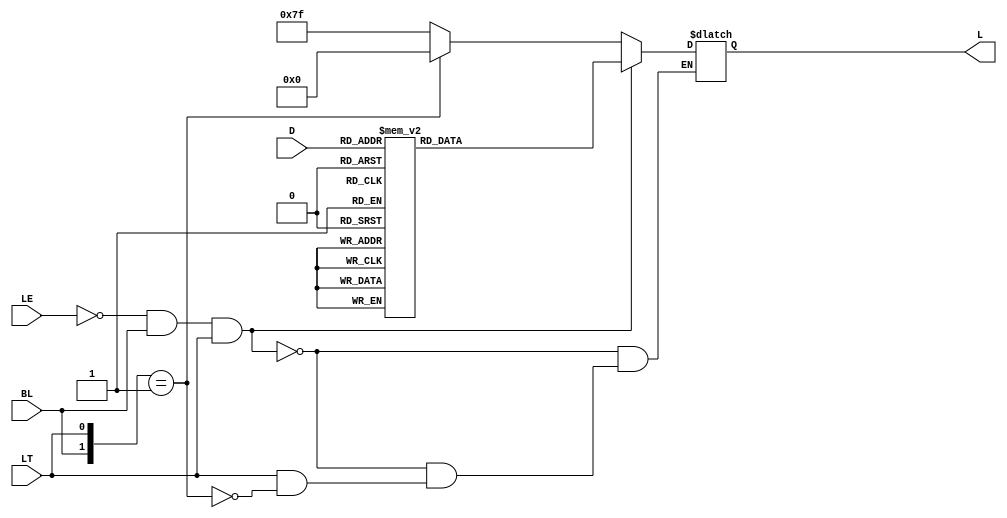
module num_decoder7(
    input LE,BL,LT,
    input [3:0]D,
    output [6:0]L
    );
    
    reg [6:0]L;
    wire [2:0] E;
    assign E = {LE,BL,LT};
    always @(*)
    begin
        if(LE==0&&BL==1&&LT==1)
        begin
            case(D)
            //0-9ʾ
              4'b0000:L=7'b111_1110;
              4'b0001:L=7'b011_0000;
              4'b0010:L=7'b110_1101;
              4'b0011:L=7'b111_1001;
              4'b0100:L=7'b011_0011;
              4'b0101:L=7'b101_1011;
              4'b0110:L=7'b001_1111;
              4'b0111:L=7'b111_0000;
              4'b1000:L=7'b111_1111;
              4'b1001:L=7'b111_1011;
              //Ч״̬
              4'b1010:L=7'b000_0000;
              4'b1011:L=7'b000_0000;
              4'b1100:L=7'b000_0000;
              4'b1101:L=7'b000_0000;
              4'b1110:L=7'b000_0000;
              4'b1111:L=7'b000_0000;
            endcase
        end
        else
        begin
            casex(E)
                3'bxx0:L=7'b111_1111;
                3'bx01:L=7'b000_0000;
                3'b111:L<=L;
            endcase
        end
    end
endmodule